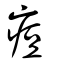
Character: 痘